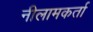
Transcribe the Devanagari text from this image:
नीलामकर्ता